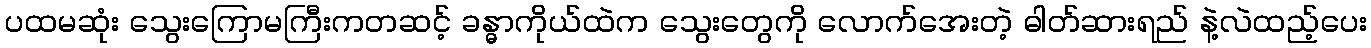
ပထမဆုံး သွေးကြောမကြီးကတဆင့် ခန္ဓာကိုယ်ထဲက သွေးတွေကို လောက်အေးတဲ့ ဓါတ်ဆားရည် နဲ့လဲထည့်ပေး